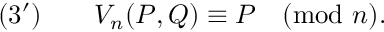
( 3 ^ { \prime } ) \qquad V _ { n } ( P , Q ) \equiv P { \pmod { n } } .